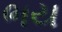
ભય